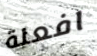
افعلة